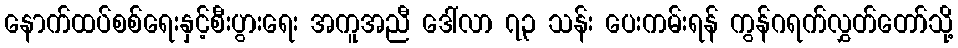
နောက်ထပ်စစ်ရေးနှင့်စီးပွားရေး အကူအညီ ဒေါ်လာ ၇၃ သန်း ပေးကမ်းရန် ကွန်ဂရက်လွှတ်တော်သို့